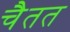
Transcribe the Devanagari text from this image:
चैतत